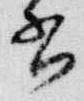
書